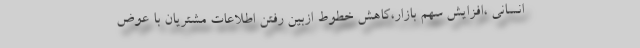
انسانی ،افزایش سهم بازار،کاهش خطوط ازبین رفتن اطلاعات مشتریان با عوض